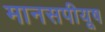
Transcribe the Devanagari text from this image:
मानसपीयूष